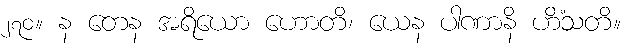
၂၇၀။ န တေန အရိယော ဟောတိ၊ ယေန ပါဏာနိ ဟိံသတိ။